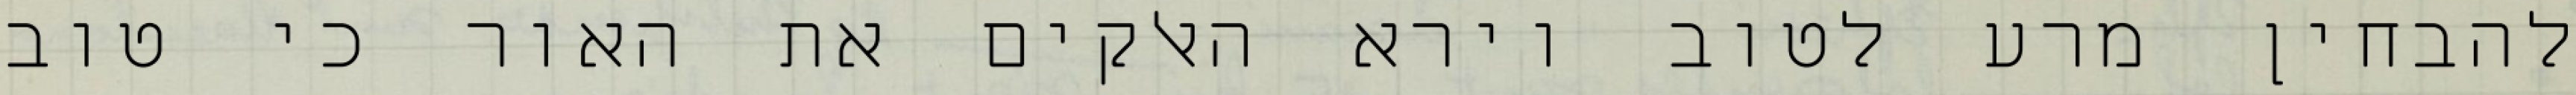
להבחין מרע לטוב וירא האלקים את האור כי טוב